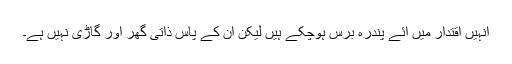
انہیں اقتدار میں آئے پندرہ برس ہوچکے ہیں لیکن ان کے پاس ذاتی گھر اور گاڑی نہیں ہے۔